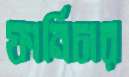
ফার্নিচার